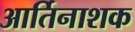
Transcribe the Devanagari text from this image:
आर्तिनाशक